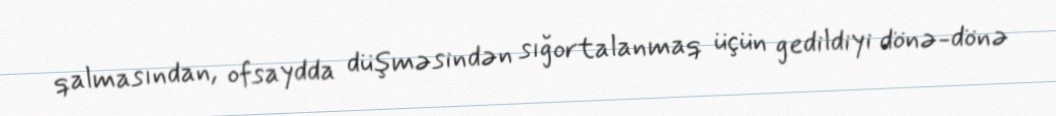
qalmasından, ofsaydda düşməsindən sığortalanmaq üçün gedildiyi dönə-dönə